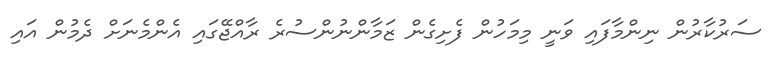
ސަރުކާރުން ނިންމާފައި ވަނީ މިމަހުން ފެށިގެން ޒަމާންނުންސުރެ ރާއްޖޭގައި އެންމެނަށް ދެމުން އައި